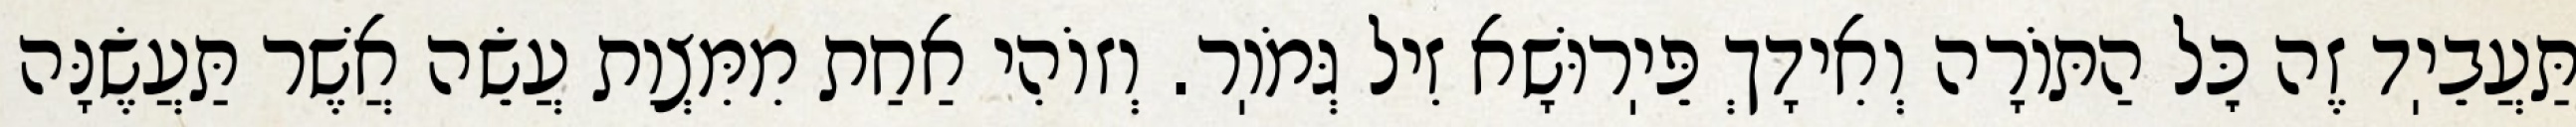
תַּעֲבֵיֽד זֶה כׇּל הַתּוֹרָה וְאִידָךְ פֵּיֽרוּשָׁא זִיל גְּמֹוֽר. וְזוֹהִי אַחַת מִמִּצְוַת עֲשֵׂה אֲשֶׁר תַּעֲשֶׂנָּה